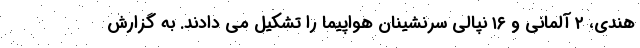
هندی، ۲ آلمانی و ۱۶ نپالی سرنشینان هواپیما را تشکیل می دادند. به گزارش